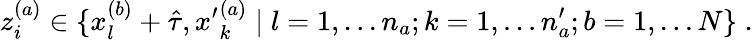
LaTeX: z_{i}^{(a)}\in\{ x_{l}^{(b)}+\hat{\tau},{x^{\prime}}_{k}^{(a)}\; |\; l=1,...n_{a};k=1,...n_{a}^{\prime};b=1,...N\} \; .